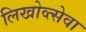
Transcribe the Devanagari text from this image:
लिखोव्त्सेवा